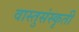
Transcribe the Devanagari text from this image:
वास्तुसंस्कृती